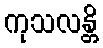
ကုသလန္တိ